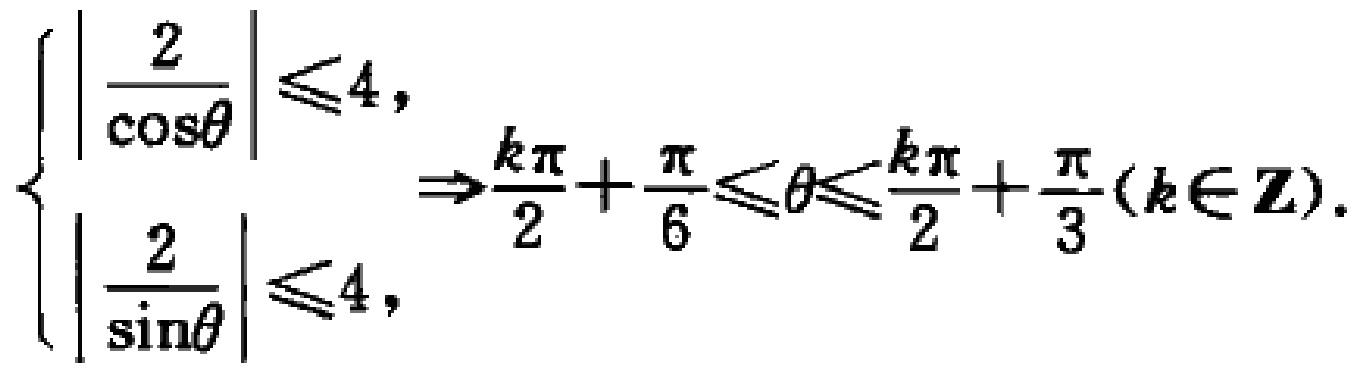
$\left\{\begin{array}{l}\left|\frac{2}{\cos\theta}\right|\leqslant 4,\\ \left|\frac{2}{\sin\theta}\right|\leqslant 4,\end{array}\right. \Rightarrow \frac{k\pi}{2}+\frac{\pi}{6}\leqslant\theta\leqslant\frac{k\pi}{2}+\frac{\pi}{3}(k\in \mathbf{Z}).$